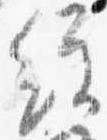
経